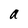
Character: a